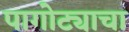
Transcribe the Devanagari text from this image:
पागोट्याचा